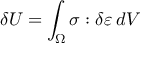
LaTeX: \delta U = \int _ { \Omega } { \boldsymbol { \sigma } } : \delta { \boldsymbol { \varepsilon } } \, d V